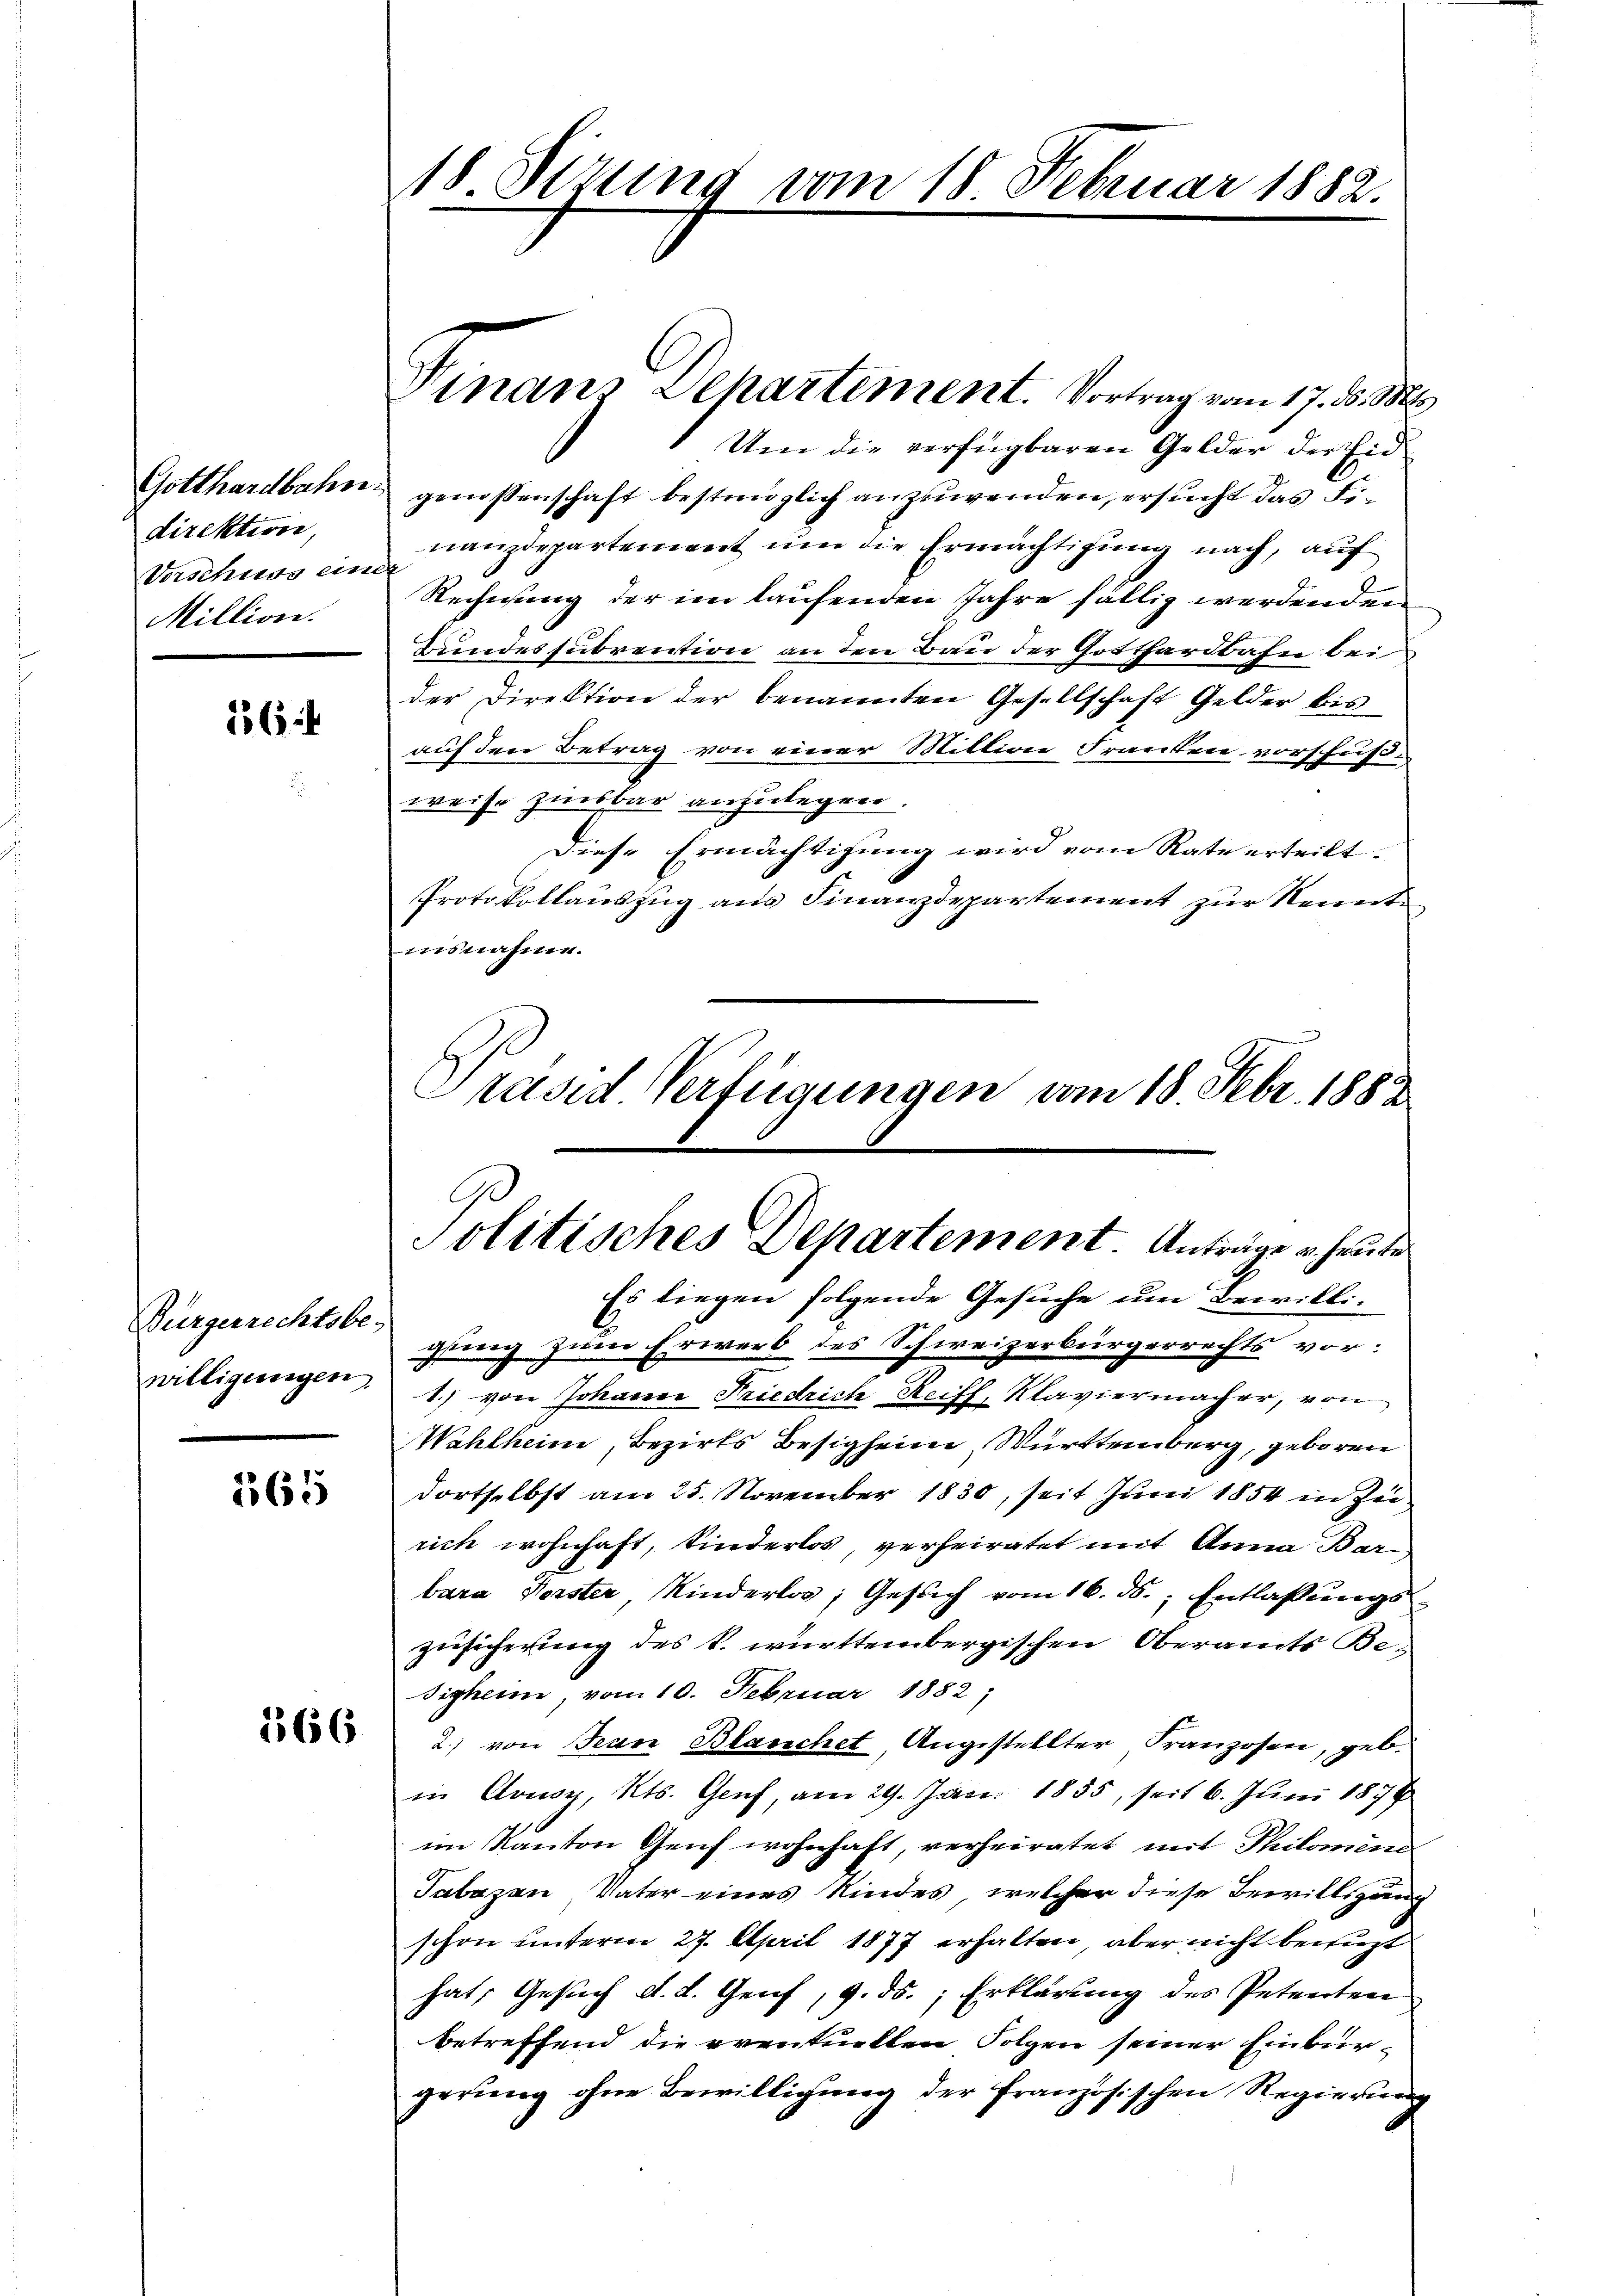
Gotthardbahn
direktion,
Vorschuss eine
Million.

164

Bürgerrechtsbe-
willigungen,

1565

18 Dezung vom 18 Februar 1882.

Dinanz Dehartement. Vortrag vom 17. ds. M

C
Politisches Departement. Anträge u. heute

Um die verfügbaren Gelder der Eid
genossenschaft bestmöglich anzuwenden, ersucht das Finanzdepartement um die Ermächtigung nach, auf
Rechnung der im laufenden Jahre fällig werdenden
Bundessubrention an den Bau der Gotthardbahn bei
der Direktion der benannten Gesellschaft Gelder bis
auf den Betrag von einer Million Franken vorschußweise zinsbar anzulegen.
diese Ermächtigung wird vom Rate erteilt.
Protokollauszug aus Finanzdepartement zur Kennte
insnahme.
Präsid Verfügungen vom 18. Febr. 1882

Es liegen folgende Gesuche um Bewilli-
gung zum Erwerb des Schweizerbürgerrechts vor:
8
1.) von Johanne Friedrich Reiff, Klaviermacher, von
Wahlheim, Bezirks Besigheim Württemberg, geboren
dortselbst am 25. November 1830, seit Juni 1854 in Zei
rich wohnhaft, Kinderlos, verheiratet mit Anna Barbara Forster, Kinderlos; Gesuch vom 16. ds. Entlaßungs¬
Zusicherung des k. württembergischen Oberamts Be¬
Sigheim, vom 10. Februar 1882,
2.) von Jean Blanchet, Angestellter Franzosen, geb.
in Consy, Kts. Genf, am 29. Jan. 1855, seit 6. Juni 1878
im Kanton Genf wohnhaft, verheiratet mit Philomine
Tabazan Vater eines Kindes, welcher diese Bewillsgang
schon unterm 27. April 1877 erhalten, aber nicht benuzt
hat, Gesuch d. d. Genf, 9. ds., Erklärung des Petenten
betreffend die eventuellen Folgen seiner Einbürgerung ohne Bewilligung der französischen Regierung